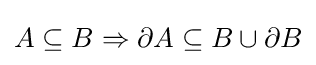
A\subseteq B\Rightarrow \partial A\subseteq B\cup \partial B